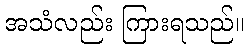
အသံလည်း ကြားရသည်။